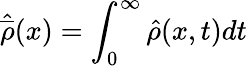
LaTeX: \hat{\overline{{\rho}}}(x)=\int_{0}^{\infty}\hat{\rho}(x,t)dt